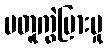
မတူကွဲပြားမှု